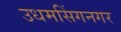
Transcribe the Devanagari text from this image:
उधमसिंगनगर